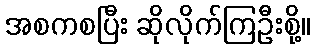
အစကစပြီး ဆိုလိုက်ကြဦးစို့။